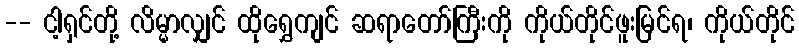
-- ငါ့ရှင်တို့ လိမ္မာလျှင် ထိုရွှေကျင် ဆရာတော်ကြီးကို ကိုယ်တိုင်ဖူးမြင်ရ၊ ကိုယ်တိုင်